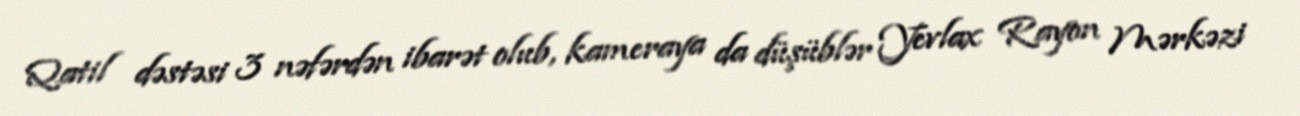
Qatil dəstəsi 3 nəfərdən ibarət olub, kameraya da düşüblər Yevlax Rayon Mərkəzi